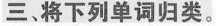
三，将下列单词归类。